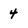
Character: 4